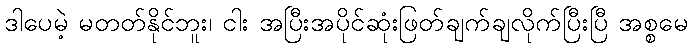
ဒါပေမဲ့ မတတ်နိုင်ဘူး၊ ငါး အပြီးအပိုင်ဆုံးဖြတ်ချက်ချလိုက်ပြီးပြီ အစ္စမေ